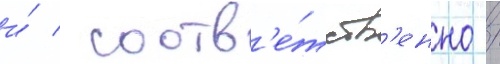
и́ / соотв'е́тств'енно /